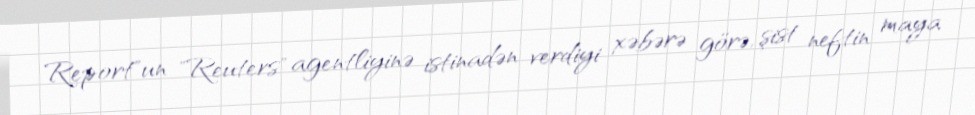
Report"un "Reuters" agentliyinə istinadən verdiyi xəbərə görə, şist neftin maya